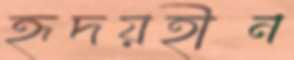
হৃদয়হীন